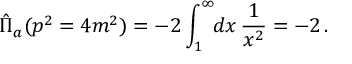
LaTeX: \hat { \Pi } _ { a } ( p ^ { 2 } = 4 m ^ { 2 } ) = - 2 \int _ { 1 } ^ { \infty } \! \! d x \, \frac { 1 } { x ^ { 2 } } = - 2 \, .